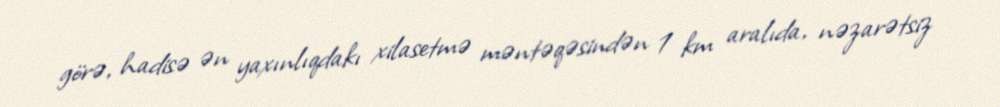
görə, hadisə ən yaxınlıqdakı xilasetmə məntəqəsindən 1 km aralıda, nəzarətsiz